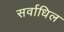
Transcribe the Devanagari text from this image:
सर्वाधिल